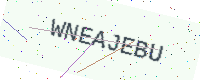
Text: WNEAJEBU